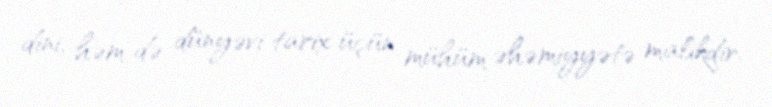
dini, həm də dünyəvi tarix üçün mühüm əhəmiyyətə malikdir.